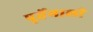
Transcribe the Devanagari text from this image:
पुर्तेगाली